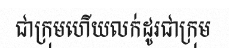
ជាក្រុមហើយលក់ដូរជាក្រុម